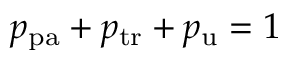
p _ { \mathrm { p a } } + p _ { \mathrm { t r } } + p _ { \mathrm { u } } = 1